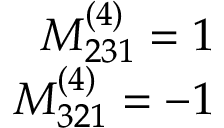
\begin{array} { r } { M _ { 2 3 1 } ^ { ( 4 ) } = 1 } \\ { M _ { 3 2 1 } ^ { ( 4 ) } = - 1 } \end{array}